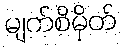
မျက်စိမှိတ်